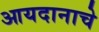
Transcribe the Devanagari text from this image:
आयदानाचे